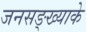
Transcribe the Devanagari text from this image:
जनसङ्ख्याके